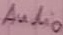
Text: Audio